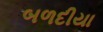
બળદીયા